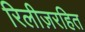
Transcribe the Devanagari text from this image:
रिलीज़रहित